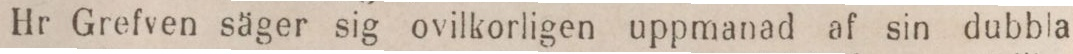
Hr Grefven säger sig ovilkorligen uppmanad af sin dubbla